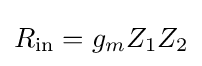
R_{\text{in}}=g_{m}Z_{1}Z_{2}